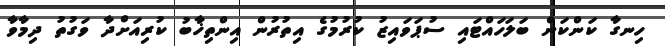
ހިނގާ ކަންކަން ބަލަހައްޓައި ސުޕަވައިޒު ކުރުމުގެ އިތުރުން އިންތިޚާބު ކުރިއަށްދާ ވަގުތު ދިމާވާ